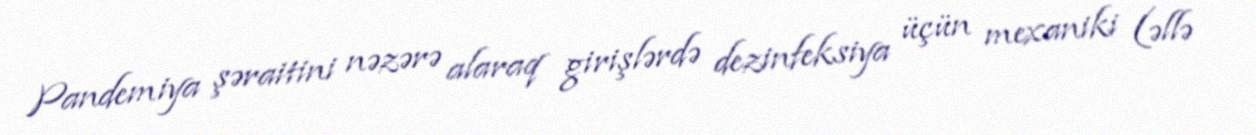
Pandemiya şəraitini nəzərə alaraq girişlərdə dezinfeksiya üçün mexaniki (əllə